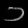
Digit: ၁